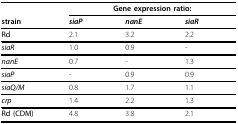
<table><thead><tr><td></td><td colspan="3"><b>Gene expression ratio:</b></td></tr><tr><td><b>strain</b></td><td><b><i>siaP</i></b></td><td><b><i>nanE</i></b></td><td><b><i>siaR</i></b></td></tr></thead><tbody><tr><td><b>Rd</b></td><td>2.1</td><td>3.2</td><td>2.2</td></tr><tr><td><b><i>siaR</i></b></td><td>1.0</td><td>0.9</td><td>-</td></tr><tr><td><b><i>nanE</i></b></td><td>0.7</td><td>-</td><td>1.3</td></tr><tr><td><b><i>siaP</i></b></td><td>-</td><td>0.9</td><td>0.9</td></tr><tr><td><b><i>siaQ/M</i></b></td><td>0.8</td><td>1.7</td><td>1.1</td></tr><tr><td><b><i>crp</i></b></td><td>1.4</td><td>2.2</td><td>1.3</td></tr><tr><td><b>Rd (CDM)</b></td><td>4.8</td><td>3.8</td><td>2.1</td></tr></tbody></table>